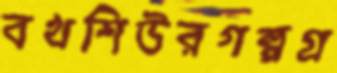
বখশিউরগল্পগ্র